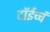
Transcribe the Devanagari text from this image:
दॉईच्चं